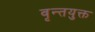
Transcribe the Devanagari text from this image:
वृन्तयुक्त